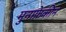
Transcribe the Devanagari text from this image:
मुनाफ़ेकीन